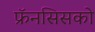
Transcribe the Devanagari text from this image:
फ्रॅनसिसको